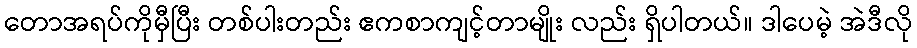
တောအရပ်ကိုမှီပြီး တစ်ပါးတည်း ဧကစာကျင့်တာမျိုး လည်း ရှိပါတယ်။ ဒါပေမဲ့ အဲဒီလို